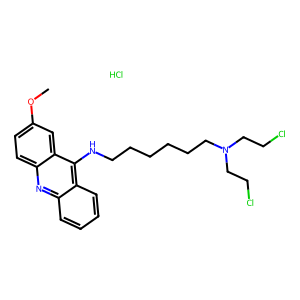
SMILES: COc1ccc2nc3ccccc3c(NCCCCCCN(CCCl)CCCl)c2c1.Cl
Inhibits HIV replication: No